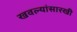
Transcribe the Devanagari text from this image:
खवल्यांसारखी